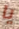
يا